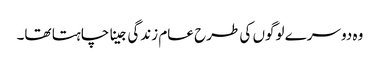
وہ دوسرے لوگوں کی طرح عام زندگی جینا چاہتا تھا۔